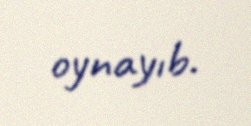
oynayıb.